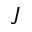
\jmath